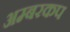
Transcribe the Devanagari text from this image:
अम्बरकप